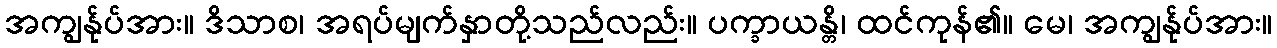
အကျွန်ုပ်အား။ ဒိသာစ၊ အရပ်မျက်နှာတို့သည်လည်း။ ပက္ခာယန္တိ၊ ထင်ကုန်၏။ မေ၊ အကျွန်ုပ်အား။